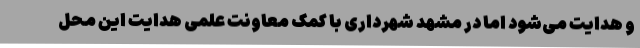
و هدایت می‌شود اما در مشهد شهرداری با کمک معاونت علمی هدایت این محل